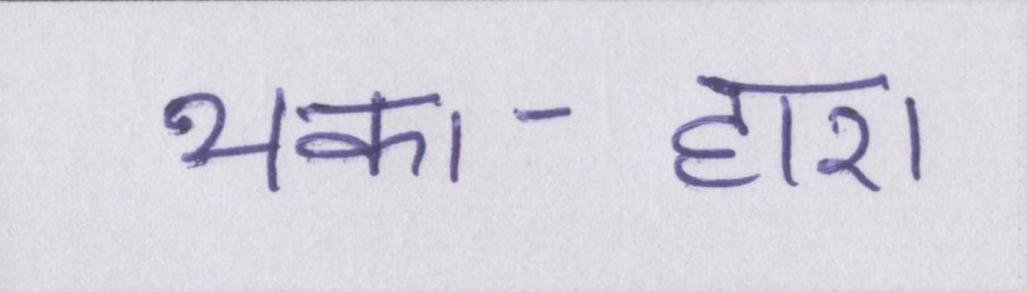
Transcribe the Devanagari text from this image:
थका-हारा